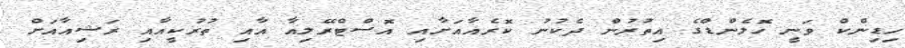
ހިޑިންކް ވަނީ ހޮލެންޑްގެ އިތުރުން ދެކުނު ކޮރެއާއަށާއި އޮސްޓްރޭލިއާ އާއި ތުރުކީއާއި ރަޝިއާއަށް